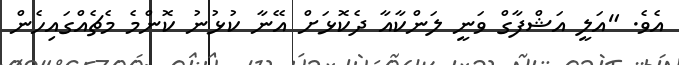
އެވެ. "އަލީ އަޝްފާގް ވަނީ ލަންކާއާ ދެކޮޅަށް އޭނާ ކުޅުނު ކޮންމެ މެޗެއްގައިހެން